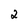
Character: 2